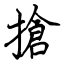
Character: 搶